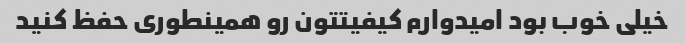
خیلی خوب بود امیدوارم کیفیتتون رو همینطوری حفظ کنید